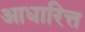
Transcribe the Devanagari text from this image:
आधारित्त